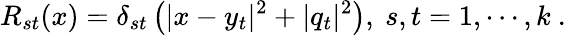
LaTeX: R_{st}(x)=\delta_{st}\left(|x-y_{t}|^{2}+|q_{t}|^{2}\right),~s,t=1,\cdots,k~.